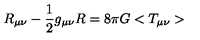
R _ { \mu \nu } - \frac { 1 } { 2 } g _ { \mu \nu } R = 8 { \pi } G < T _ { \mu \nu } >